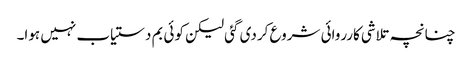
چنانچہ تلاشی کارروائی شروع کردی گئی لیکن کوئی بم دستیاب نہیں ہوا۔